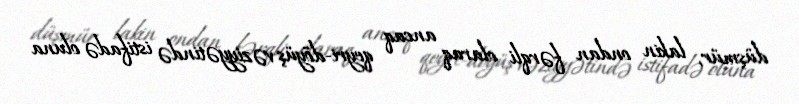
düşmür, lakin ondan fərqli olaraq ancaq qeyri-döyüş vəziyyətində istifadə oluna